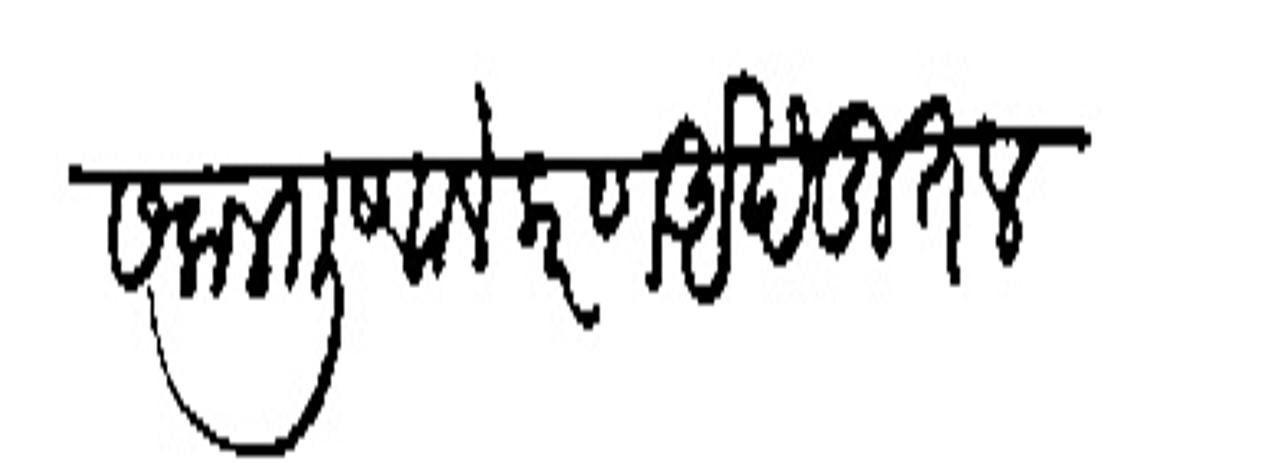
Transliteration (Devanagari): सकलगुणालंकरण अखंडित